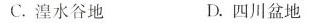
C.湟水谷地 D.四川盆地